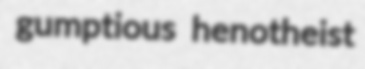
gumptious henotheist